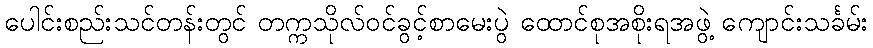
ပေါင်းစည်းသင်တန်းတွင် တက္ကသိုလ်ဝင်ခွင့်စာမေးပွဲ ထောင်စုအစိုးရအဖွဲ့ ကျောင်းသင်္ခမ်း